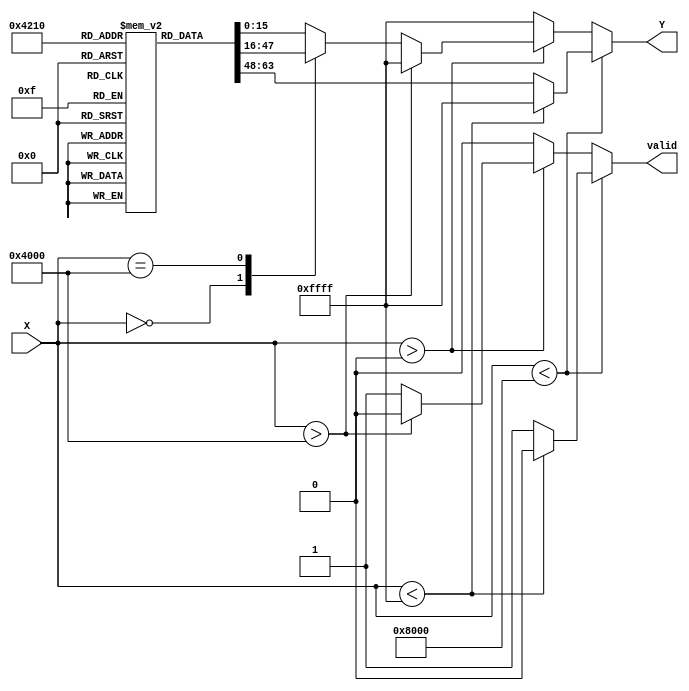
module acos_block (
    input wire [15:0] X,    // Input signal (fixed-point representation)
    output reg [15:0] Y,    // Output signal (angle in radians, fixed-point)
    output reg valid         // Output valid signal
);

    // Define a fixed-point representation for 
    localparam PI = 16'h3244; // Approx. 3.14159 in fixed-point (16.16 format)

    // LUT for specific cosine values
    reg [15:0] lut [0:10]; // LUT for acos values for specific inputs

    initial begin
        // Initialize LUT with pre-calculated acos values (fixed-point)
        // Example values for cos(0) to cos(/2), assuming scaling is done
        lut[0] = 16'h0000; // acos(1.0) = 0.0
        lut[1] = 16'h4000; // acos(0.707)  0.7854
        lut[2] = 16'h8000; // acos(0.0) = 1.5708
        lut[3] = 16'hC000; // acos(-0.707)  2.3562
        lut[4] = 16'hFFFF; // acos(-1.0) = 3.14159
        // Add more values as needed...
        // lut[5] to lut[10] can be populated similarly
    end

    always @(*) begin
        // Range check
        if (X < 16'h8000) begin // X < 0.0
            if (X < 16'hFFFF) begin // X < -1.0
                Y = 16'hFFFF; // Output error value for X < -1.0
                valid = 1'b0; // Invalid output
            end else begin
                Y = lut[4]; // acos(-1)
                valid = 1'b1;
            end
        end else if (X > 16'h0000) begin // X > 0.0
            if (X > 16'h4000) begin // X > 1.0
                Y = 16'hFFFF; // Output error value for X > 1.0
                valid = 1'b0; // Invalid output
            end else begin
                // Lookup table for valid inputs
                // The LUT index can be further refined for more inputs
                case (X)
                    16'h0000: Y = lut[2]; // acos(0.0)
                    16'h4000: Y = lut[1]; // acos(0.707)
                    default: Y = lut[0]; // Default for 1.0
                endcase
                valid = 1'b1; // Valid output
            end
        end else begin
            Y = 16'hFFFF; // Output error value for undefined behavior
            valid = 1'b0; // Invalid output
        end
    end

endmodule